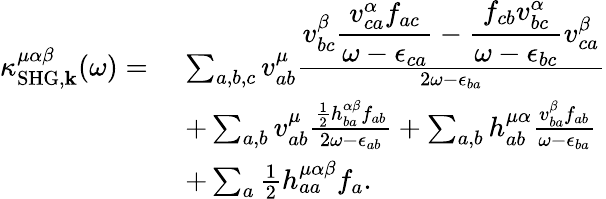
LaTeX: \begin{array}{rl}{\kappa_{\mathrm{SHG},\mathbf{k}}^{\mu\alpha\beta}(\omega)=\, \, }&{\sum_{a,b,c}v_{ab}^{\mu}\frac{\displaystyle v_{bc}^{\beta}\frac{v_{ca}^{\alpha}f_{ac}}{\omega-\epsilon_{ca}}-\frac{f_{cb}v_{bc}^{\alpha}}{\omega-\epsilon_{bc}}v_{ca}^{\beta}}{2\omega-\epsilon_{ba}}}\\ &{+\sum_{a,b}v_{ab}^{\mu}\frac{\frac{1}{2}h_{ba}^{\alpha\beta}f_{ab}}{2\omega-\epsilon_{ab}}+\sum_{a,b}h_{ab}^{\mu\alpha}\frac{v_{ba}^{\beta}f_{ab}}{\omega-\epsilon_{ba}}}\\ &{+\sum_{a}\frac{1}{2}h_{aa}^{\mu\alpha\beta}f_{a}\mathrm{.}}\end{array}